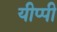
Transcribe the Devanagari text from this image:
यीप्पी